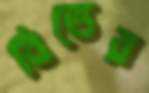
বিত্তের